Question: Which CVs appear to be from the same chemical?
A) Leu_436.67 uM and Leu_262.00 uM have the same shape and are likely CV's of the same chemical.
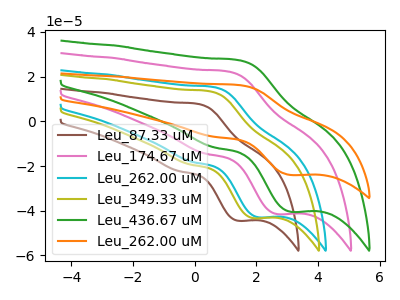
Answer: <think>The brown curve "Leu_87.33 uM" has an anodic peak at (0.10V, 7.80uA) and a cathodic peak at (1.40V, -44.45uA). The pink curve "Leu_174.67 uM" has an anodic peak at (1.10V, 22.25uA) and a cathodic peak at (2.65V, -41.50uA). The cyan curve "Leu_262.00 uM" has an anodic peak at (0.60V, 15.30uA) and a cathodic peak at (2.05V, -42.90uA). The olive curve "Leu_349.33 uM" has an anodic peak at (0.50V, 13.45uA) and a cathodic peak at (1.90V, -43.30uA). The green curve "Leu_436.67 uM" has an anodic peak at (1.45V, 27.35uA) and a cathodic peak at (3.10V, -40.45uA). The orange curve "Leu_262.00 uM" has an anodic peak at (1.45V, 16.20uA) and a cathodic peak at (3.10V, -24.00uA).
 "Leu_87.33 uM" and "Leu_174.67 uM" have at least one peak that do not match. "Leu_87.33 uM" and "Leu_262.00 uM" have at least one peak that do not match. "Leu_87.33 uM" and "Leu_349.33 uM" have at least one peak that do not match. "Leu_87.33 uM" and "Leu_436.67 uM" have at least one peak that do not match. "Leu_87.33 uM" and "Leu_262.00 uM" have at least one peak that do not match. "Leu_174.67 uM" and "Leu_262.00 uM" have at least one peak that do not match. "Leu_174.67 uM" and "Leu_349.33 uM" have at least one peak that do not match. "Leu_174.67 uM" and "Leu_436.67 uM" have at least one peak that do not match. "Leu_174.67 uM" and "Leu_262.00 uM" have at least one peak that do not match. "Leu_262.00 uM" and "Leu_349.33 uM" have at least one peak that do not match. "Leu_262.00 uM" and "Leu_436.67 uM" have at least one peak that do not match. "Leu_262.00 uM" and "Leu_262.00 uM" have at least one peak that do not match. "Leu_349.33 uM" and "Leu_436.67 uM" have at least one peak that do not match. "Leu_349.33 uM" and "Leu_262.00 uM" have at least one peak that do not match. All the peaks in "Leu_436.67 uM" have a peak in "Leu_262.00 uM" at the same potential. Every peak in "Leu_436.67 uM" is higher than every peak in "Leu_262.00 uM".</think>
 <answer>A) "Leu_436.67 uM" and "Leu_262.00 uM" have the same shape and are likely CV's of the same chemical.</answer>
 <eval>A</eval>